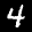
Label: 4